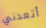
أتعدني